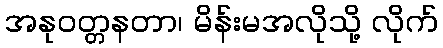
အနုဝတ္တနတာ၊ မိန်းမအလိုသို့ လိုက်